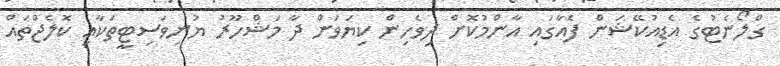
ގްލޯނެޓުގެ އެޑިއުކޭޝަން ފެއާގައި އާންމުކޮށް ދިވެހިން ކިޔަވަން ދާ މަޝްހޫރު ޔުނިވަސިޓީތަކާއި ކޮލެޖްތައް